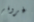
غروفر